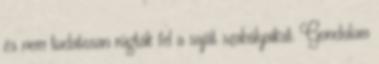
és nem tudatosan rúgták fel a saját szabályaikat. Gondolom